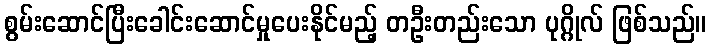
စွမ်းဆောင်ပြီးခေါင်းဆောင်မှုပေးနိုင်မည့် တဦးတည်းသော ပုဂ္ဂိုလ် ဖြစ်သည်။